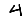
Digit: 4